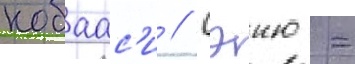
кобаас'и // Сэию -